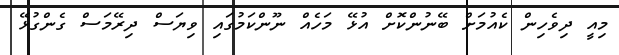
މިއީ ދިވެހިން ކެއުމަށް ބޭނުންކޮށް އުޅޭ މަހެއް ނޫންކަމުގައި ވިޔަސް ދިރޭމަސް ގެންގުޅޭ